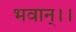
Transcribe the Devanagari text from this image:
भवान्।।